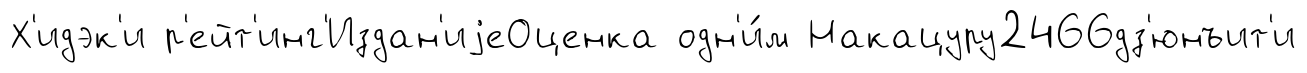
Х'идэк'и р'ейт'инг'Издан'иjеОценка одн'и́м Накацуру2466дз'юнъит'и